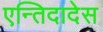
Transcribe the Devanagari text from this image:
एन्तिदादेस